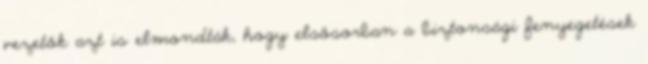
vezetők azt is elmondták, hogy elsősorban a biztonsági fenyegetések